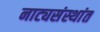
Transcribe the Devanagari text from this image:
नाट्यसंस्थांत